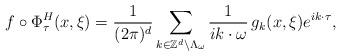
LaTeX: \begin{align*}f\circ\Phi_{\tau}^H(x,\xi) = \frac{1}{(2\pi)^d} \sum_{k \in \mathbb{Z}^d \setminus \Lambda_\omega} \frac{1}{ik\cdot \omega} \, g_k(x,\xi)e^{ik \cdot\tau},\end{align*}